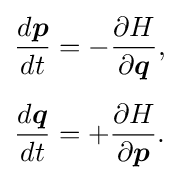
{\begin{aligned}&{\frac {d{\boldsymbol {p}}}{dt}}=-{\frac {\partial H}{\partial {\boldsymbol {q}}}},\\[5pt]&{\frac {d{\boldsymbol {q}}}{dt}}=+{\frac {\partial H}{\partial {\boldsymbol {p}}}}.\end{aligned}}